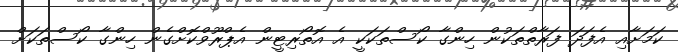
ކަމަށާއި އެފަދަ ފަރާތްތަކުން ހިންގާ ކޯސްތަކަކީ އެ އޮތޯރިޓީން އެޕްރޫވްކޮށްގެން ހިންގާ ކޯސްތަކަށް